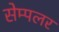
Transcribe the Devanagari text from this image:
सेम्पलर